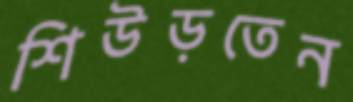
শিউড়তেন